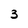
Character: 3